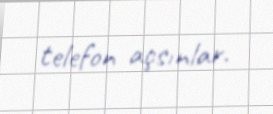
telefon açsınlar.